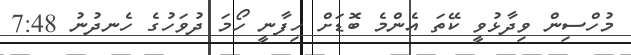
މުހްސިން ވިދާޅުވީ ކޭތަ އެންމެ ބޮޑަށް ހިފާނީ ހޯމަ ދުވަހުގެ ހެނދުނު 7:48